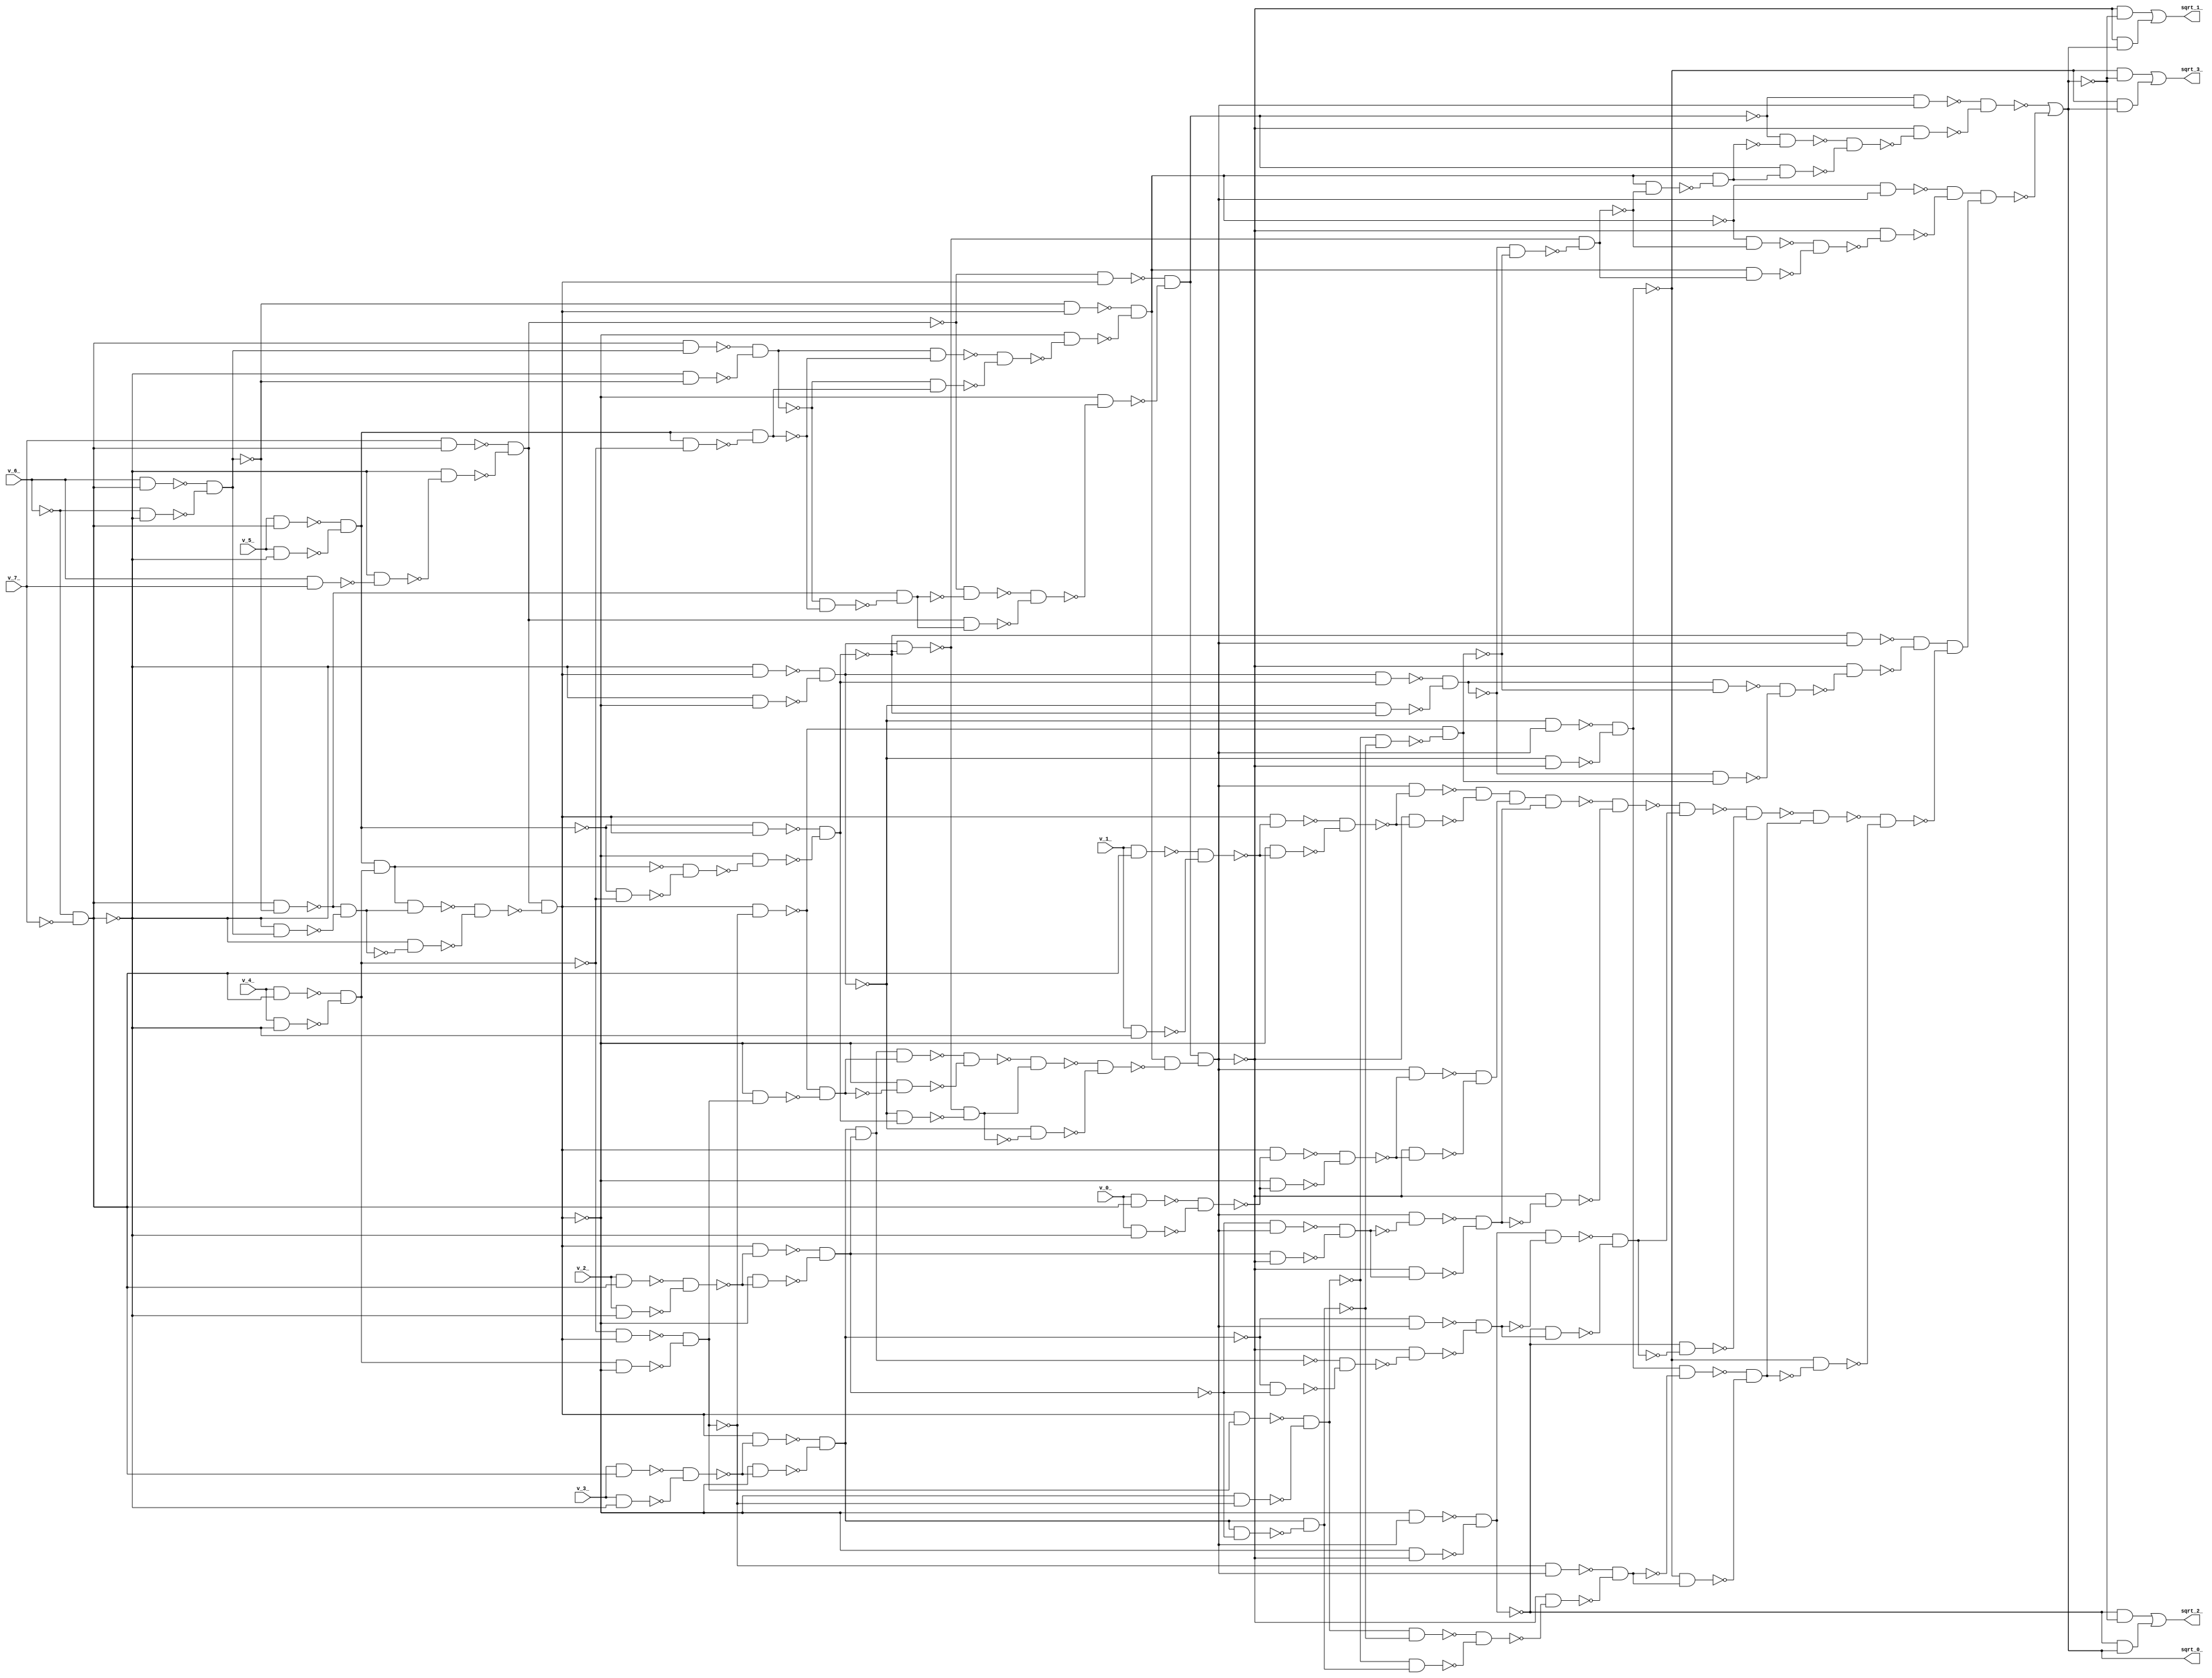
module top ( 
    v_6_, v_7_, v_4_, v_5_, v_2_, v_3_, v_0_, v_1_,
    sqrt_3_, sqrt_2_, sqrt_1_, sqrt_0_  );
  input  v_6_, v_7_, v_4_, v_5_, v_2_, v_3_, v_0_, v_1_;
  output sqrt_3_, sqrt_2_, sqrt_1_, sqrt_0_;
  wire new_n13_, new_n14_, new_n15_, new_n16_, new_n17_, new_n18_, new_n19_,
    new_n20_, new_n21_, new_n22_, new_n23_, new_n24_, new_n25_, new_n26_,
    new_n27_, new_n28_, new_n29_, new_n30_, new_n31_, new_n32_, new_n33_,
    new_n34_, new_n35_, new_n36_, new_n37_, new_n38_, new_n39_, new_n40_,
    new_n41_, new_n42_, new_n43_, new_n44_, new_n45_, new_n46_, new_n47_,
    new_n48_, new_n49_, new_n50_, new_n51_, new_n52_, new_n53_, new_n54_,
    new_n55_, new_n56_, new_n57_, new_n58_, new_n59_, new_n60_, new_n61_,
    new_n62_, new_n63_, new_n64_, new_n65_, new_n66_, new_n67_, new_n68_,
    new_n69_, new_n70_, new_n71_, new_n72_, new_n73_, new_n74_, new_n75_,
    new_n76_, new_n77_, new_n78_, new_n79_, new_n80_, new_n81_, new_n82_,
    new_n83_, new_n84_, new_n85_, new_n86_, new_n87_, new_n88_, new_n89_,
    new_n90_, new_n91_, new_n92_, new_n93_, new_n94_, new_n95_, new_n96_,
    new_n97_, new_n98_, new_n99_, new_n100_, new_n101_, new_n102_,
    new_n103_, new_n104_, new_n105_, new_n106_, new_n107_, new_n108_,
    new_n109_, new_n110_, new_n111_, new_n112_, new_n113_, new_n114_,
    new_n115_, new_n116_, new_n117_, new_n118_, new_n119_, new_n120_,
    new_n121_, new_n122_, new_n123_, new_n124_, new_n125_, new_n126_,
    new_n127_, new_n128_, new_n129_, new_n130_, new_n131_, new_n132_,
    new_n133_, new_n134_, new_n135_, new_n136_, new_n137_, new_n138_,
    new_n139_, new_n140_, new_n141_, new_n142_, new_n143_, new_n144_,
    new_n145_, new_n146_, new_n147_, new_n148_, new_n149_, new_n150_,
    new_n151_, new_n152_, new_n153_, new_n154_, new_n155_, new_n156_,
    new_n157_, new_n158_, new_n159_, new_n160_, new_n161_, new_n162_,
    new_n163_, new_n164_, new_n165_, new_n166_, new_n167_, new_n168_,
    new_n169_, new_n170_, new_n171_, new_n172_, new_n173_, new_n174_,
    new_n175_, new_n176_, new_n177_, new_n178_, new_n179_, new_n180_,
    new_n181_, new_n182_, new_n183_, new_n185_, new_n186_, new_n188_,
    new_n189_, new_n191_, new_n192_;
  assign new_n13_ = ~v_6_ & ~v_7_;
  assign new_n14_ = v_6_ & v_7_;
  assign new_n15_ = ~new_n13_ & ~new_n14_;
  assign new_n16_ = v_7_ & new_n13_;
  assign new_n17_ = ~new_n13_ & ~new_n15_;
  assign new_n18_ = ~new_n16_ & ~new_n17_;
  assign new_n19_ = v_5_ & new_n13_;
  assign new_n20_ = v_5_ & ~new_n13_;
  assign new_n21_ = ~new_n19_ & ~new_n20_;
  assign new_n22_ = v_4_ & new_n13_;
  assign new_n23_ = v_4_ & ~new_n13_;
  assign new_n24_ = ~new_n22_ & ~new_n23_;
  assign new_n25_ = new_n21_ & new_n24_;
  assign new_n26_ = v_6_ & new_n13_;
  assign new_n27_ = ~v_6_ & ~new_n13_;
  assign new_n28_ = ~new_n26_ & ~new_n27_;
  assign new_n29_ = new_n13_ & ~new_n28_;
  assign new_n30_ = ~new_n13_ & new_n28_;
  assign new_n31_ = ~new_n29_ & ~new_n30_;
  assign new_n32_ = new_n25_ & new_n31_;
  assign new_n33_ = ~new_n13_ & ~new_n31_;
  assign new_n34_ = ~new_n32_ & ~new_n33_;
  assign new_n35_ = new_n18_ & ~new_n34_;
  assign new_n36_ = ~new_n13_ & new_n35_;
  assign new_n37_ = ~new_n13_ & ~new_n35_;
  assign new_n38_ = ~new_n36_ & ~new_n37_;
  assign new_n39_ = new_n13_ & new_n28_;
  assign new_n40_ = ~new_n13_ & ~new_n28_;
  assign new_n41_ = ~new_n39_ & ~new_n40_;
  assign new_n42_ = v_3_ & new_n13_;
  assign new_n43_ = v_3_ & ~new_n13_;
  assign new_n44_ = ~new_n42_ & ~new_n43_;
  assign new_n45_ = v_2_ & new_n13_;
  assign new_n46_ = v_2_ & ~new_n13_;
  assign new_n47_ = ~new_n45_ & ~new_n46_;
  assign new_n48_ = v_1_ & new_n13_;
  assign new_n49_ = v_1_ & ~new_n13_;
  assign new_n50_ = ~new_n48_ & ~new_n49_;
  assign new_n51_ = v_0_ & new_n13_;
  assign new_n52_ = v_0_ & ~new_n13_;
  assign new_n53_ = ~new_n51_ & ~new_n52_;
  assign new_n54_ = new_n21_ & ~new_n24_;
  assign new_n55_ = new_n21_ & ~new_n54_;
  assign new_n56_ = ~new_n41_ & ~new_n55_;
  assign new_n57_ = ~new_n29_ & ~new_n56_;
  assign new_n58_ = ~new_n18_ & ~new_n57_;
  assign new_n59_ = new_n18_ & new_n57_;
  assign new_n60_ = ~new_n58_ & ~new_n59_;
  assign new_n61_ = ~new_n18_ & new_n35_;
  assign new_n62_ = ~new_n35_ & ~new_n60_;
  assign new_n63_ = ~new_n61_ & ~new_n62_;
  assign new_n64_ = new_n41_ & ~new_n55_;
  assign new_n65_ = ~new_n41_ & new_n55_;
  assign new_n66_ = ~new_n64_ & ~new_n65_;
  assign new_n67_ = ~new_n28_ & new_n35_;
  assign new_n68_ = ~new_n35_ & ~new_n66_;
  assign new_n69_ = ~new_n67_ & ~new_n68_;
  assign new_n70_ = new_n35_ & ~new_n44_;
  assign new_n71_ = ~new_n35_ & ~new_n44_;
  assign new_n72_ = ~new_n70_ & ~new_n71_;
  assign new_n73_ = new_n35_ & ~new_n47_;
  assign new_n74_ = ~new_n35_ & ~new_n47_;
  assign new_n75_ = ~new_n73_ & ~new_n74_;
  assign new_n76_ = new_n72_ & new_n75_;
  assign new_n77_ = ~new_n24_ & new_n35_;
  assign new_n78_ = new_n24_ & ~new_n35_;
  assign new_n79_ = ~new_n77_ & ~new_n78_;
  assign new_n80_ = new_n35_ & ~new_n79_;
  assign new_n81_ = ~new_n35_ & new_n79_;
  assign new_n82_ = ~new_n80_ & ~new_n81_;
  assign new_n83_ = new_n76_ & new_n82_;
  assign new_n84_ = ~new_n35_ & ~new_n82_;
  assign new_n85_ = ~new_n83_ & ~new_n84_;
  assign new_n86_ = ~new_n21_ & ~new_n24_;
  assign new_n87_ = ~new_n25_ & ~new_n86_;
  assign new_n88_ = ~new_n21_ & new_n35_;
  assign new_n89_ = ~new_n35_ & ~new_n87_;
  assign new_n90_ = ~new_n88_ & ~new_n89_;
  assign new_n91_ = new_n38_ & ~new_n90_;
  assign new_n92_ = ~new_n38_ & new_n90_;
  assign new_n93_ = ~new_n91_ & ~new_n92_;
  assign new_n94_ = ~new_n85_ & new_n93_;
  assign new_n95_ = ~new_n38_ & ~new_n93_;
  assign new_n96_ = ~new_n94_ & ~new_n95_;
  assign new_n97_ = new_n69_ & ~new_n96_;
  assign new_n98_ = new_n63_ & new_n97_;
  assign new_n99_ = ~new_n38_ & new_n98_;
  assign new_n100_ = ~new_n38_ & ~new_n98_;
  assign new_n101_ = ~new_n99_ & ~new_n100_;
  assign new_n102_ = new_n38_ & new_n90_;
  assign new_n103_ = ~new_n38_ & ~new_n90_;
  assign new_n104_ = ~new_n102_ & ~new_n103_;
  assign new_n105_ = new_n35_ & new_n79_;
  assign new_n106_ = ~new_n35_ & ~new_n79_;
  assign new_n107_ = ~new_n105_ & ~new_n106_;
  assign new_n108_ = new_n35_ & ~new_n50_;
  assign new_n109_ = ~new_n35_ & ~new_n50_;
  assign new_n110_ = ~new_n108_ & ~new_n109_;
  assign new_n111_ = new_n35_ & ~new_n53_;
  assign new_n112_ = ~new_n35_ & ~new_n53_;
  assign new_n113_ = ~new_n111_ & ~new_n112_;
  assign new_n114_ = new_n72_ & ~new_n75_;
  assign new_n115_ = new_n72_ & ~new_n114_;
  assign new_n116_ = ~new_n107_ & ~new_n115_;
  assign new_n117_ = ~new_n80_ & ~new_n116_;
  assign new_n118_ = ~new_n104_ & ~new_n117_;
  assign new_n119_ = ~new_n91_ & ~new_n118_;
  assign new_n120_ = new_n69_ & ~new_n119_;
  assign new_n121_ = new_n69_ & ~new_n120_;
  assign new_n122_ = ~new_n63_ & ~new_n121_;
  assign new_n123_ = new_n63_ & new_n121_;
  assign new_n124_ = ~new_n122_ & ~new_n123_;
  assign new_n125_ = ~new_n63_ & new_n98_;
  assign new_n126_ = ~new_n98_ & ~new_n124_;
  assign new_n127_ = ~new_n125_ & ~new_n126_;
  assign new_n128_ = ~new_n69_ & ~new_n119_;
  assign new_n129_ = new_n69_ & new_n119_;
  assign new_n130_ = ~new_n128_ & ~new_n129_;
  assign new_n131_ = ~new_n69_ & new_n98_;
  assign new_n132_ = ~new_n98_ & ~new_n130_;
  assign new_n133_ = ~new_n131_ & ~new_n132_;
  assign new_n134_ = new_n104_ & ~new_n117_;
  assign new_n135_ = ~new_n104_ & new_n117_;
  assign new_n136_ = ~new_n134_ & ~new_n135_;
  assign new_n137_ = ~new_n90_ & new_n98_;
  assign new_n138_ = ~new_n98_ & ~new_n136_;
  assign new_n139_ = ~new_n137_ & ~new_n138_;
  assign new_n140_ = new_n98_ & ~new_n110_;
  assign new_n141_ = ~new_n98_ & ~new_n110_;
  assign new_n142_ = ~new_n140_ & ~new_n141_;
  assign new_n143_ = new_n98_ & ~new_n113_;
  assign new_n144_ = ~new_n98_ & ~new_n113_;
  assign new_n145_ = ~new_n143_ & ~new_n144_;
  assign new_n146_ = new_n142_ & new_n145_;
  assign new_n147_ = ~new_n75_ & new_n98_;
  assign new_n148_ = new_n75_ & ~new_n98_;
  assign new_n149_ = ~new_n147_ & ~new_n148_;
  assign new_n150_ = new_n98_ & ~new_n149_;
  assign new_n151_ = ~new_n98_ & new_n149_;
  assign new_n152_ = ~new_n150_ & ~new_n151_;
  assign new_n153_ = new_n146_ & new_n152_;
  assign new_n154_ = ~new_n98_ & ~new_n152_;
  assign new_n155_ = ~new_n153_ & ~new_n154_;
  assign new_n156_ = ~new_n35_ & new_n98_;
  assign new_n157_ = ~new_n35_ & ~new_n98_;
  assign new_n158_ = ~new_n156_ & ~new_n157_;
  assign new_n159_ = ~new_n72_ & ~new_n75_;
  assign new_n160_ = ~new_n76_ & ~new_n159_;
  assign new_n161_ = ~new_n72_ & new_n98_;
  assign new_n162_ = ~new_n98_ & ~new_n160_;
  assign new_n163_ = ~new_n161_ & ~new_n162_;
  assign new_n164_ = new_n158_ & ~new_n163_;
  assign new_n165_ = ~new_n158_ & new_n163_;
  assign new_n166_ = ~new_n164_ & ~new_n165_;
  assign new_n167_ = ~new_n155_ & new_n166_;
  assign new_n168_ = ~new_n158_ & ~new_n166_;
  assign new_n169_ = ~new_n167_ & ~new_n168_;
  assign new_n170_ = new_n107_ & ~new_n115_;
  assign new_n171_ = ~new_n107_ & new_n115_;
  assign new_n172_ = ~new_n170_ & ~new_n171_;
  assign new_n173_ = ~new_n79_ & new_n98_;
  assign new_n174_ = ~new_n98_ & ~new_n172_;
  assign new_n175_ = ~new_n173_ & ~new_n174_;
  assign new_n176_ = new_n101_ & ~new_n175_;
  assign new_n177_ = ~new_n101_ & new_n175_;
  assign new_n178_ = ~new_n176_ & ~new_n177_;
  assign new_n179_ = ~new_n169_ & new_n178_;
  assign new_n180_ = ~new_n101_ & ~new_n178_;
  assign new_n181_ = ~new_n179_ & ~new_n180_;
  assign new_n182_ = new_n139_ & ~new_n181_;
  assign new_n183_ = new_n133_ & new_n182_;
  assign sqrt_0_ = ~new_n127_ | ~new_n183_;
  assign new_n185_ = ~new_n101_ & ~sqrt_0_;
  assign new_n186_ = ~new_n101_ & sqrt_0_;
  assign sqrt_3_ = new_n185_ | new_n186_;
  assign new_n188_ = ~new_n158_ & ~sqrt_0_;
  assign new_n189_ = ~new_n158_ & sqrt_0_;
  assign sqrt_2_ = new_n188_ | new_n189_;
  assign new_n191_ = ~new_n98_ & ~sqrt_0_;
  assign new_n192_ = ~new_n98_ & sqrt_0_;
  assign sqrt_1_ = new_n191_ | new_n192_;
endmodule